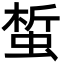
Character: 蜤